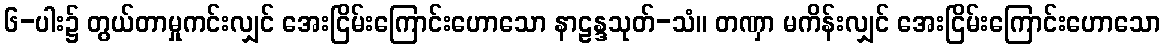
၆-ပါး၌ တွယ်တာမှုကင်းလျှင် အေးငြိမ်းကြောင်းဟောသော နာဠန္ဒသုတ်-သံ။ တဏှာ မကိန်းလျှင် အေးငြိမ်းကြောင်းဟောသော